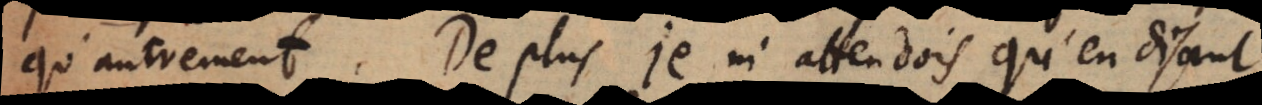
qu’autrement. De plus je m’attendois qu’en disant